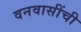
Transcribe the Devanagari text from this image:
वनवासींची